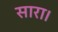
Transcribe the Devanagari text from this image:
सारा।